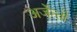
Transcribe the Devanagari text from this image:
अर्जेन्तो